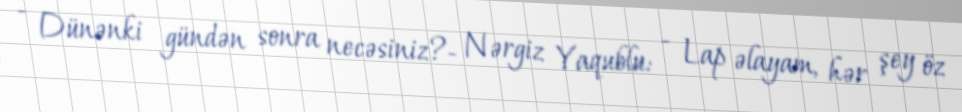
- Dünənki gündən sonra necəsiniz?- Nərgiz Yaqublu: - Lap əlayam, hər şey öz